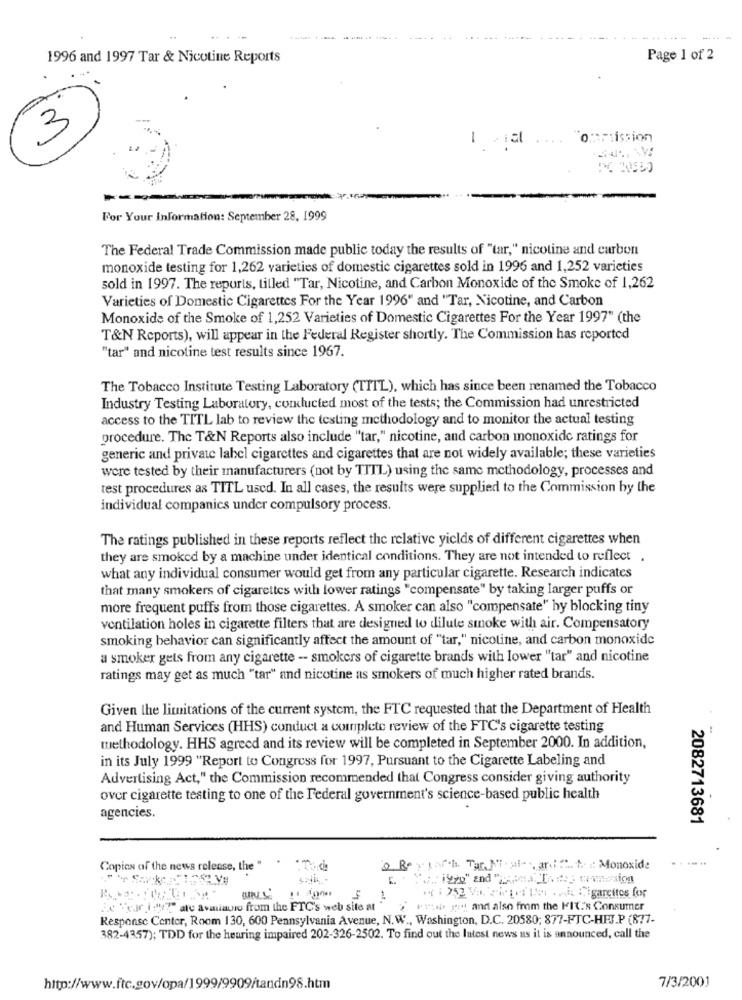
1996 and 1997 Tar & Nicotine Reports
Page 1 of 2
3
I vial .... "onmission
---
For Your Information: September 28, 1999
The Federal Trade Commission made public today the results of "tar," nicotine and carbon
monoxide testing for 1,262 varieties of domestic cigarettes sold in 1996 and 1,252 varieties
sold in 1997. The reports, tilled "Tar, Nicotine, and Carbon Monoxide of the Smoke of 1,262
Varieties of Domestic Cigarettes For the Year 1996" and "Tar, Nicotine, and Carbon
Monoxide of the Smoke of 1,252 Varieties of Domestic Cigarettes For the Year 1997" (the
T&N Reports), will appear in the Federal Register shortly. The Commission has reported
"tar" and nicotine test results since 1967.
The Tobacco Institute Testing Laboratory (TITL), which has since been renamed the Tobacco
Industry Testing Laboratory, conducted most of the tests; the Commission had unrestricted
access to the TITL lab to review the testing methodology and to monitor the actual testing
procedure. The T&N Reports also include "tar," nicotine, and carbon monoxide ratings for
generic and private label cigarettes and cigarettes that are not widely available; these varieties
were tested by their manufacturers (not by TITL) using the same methodology, processes and
test procedures as TITL used. In all cases, the results were supplied to the Commission by the
individual companics under compulsory process.
The ratings published in these reports reflect the relative yields of different cigarettes when
they are smoked by a machine under identical conditions. They are not intended to reflect .
what any individual consumer would get from any particular cigarette. Research indicates
that many smokers of cigarettes with lower ratings "compensate" by taking larger puffs or
more frequent puffs from those cigarettes. A smoker can also "compensate" by blocking tiny
ventilation holes in cigarette filters that are designed to dilute smoke with air. Compensatory
smoking behavior can significantly affect the amount of "tar," nicotine, and carbon monoxide
a smoker gets from any cigarette - smokers of cigarette brands with lower "tar" and nicotine
ratings may get as much "tar" and nicotine as smokers of much higher rated brands.
Given the limitations of the current system, the FTC requested that the Department of Health
and Human Services (HHS) conduct a complete review of the FTC's cigarette testing
methodology. HHS agreed and its review will be completed in September 2000. In addition,
in its July 1999 "Report to Congress for 1997, Pursuant to the Cigarette Labeling and
Advertising Act," the Commission recommended that Congress consider giving authority
over cigarette testing to one of the Federal government's science-based public health
agencies.
2082713681
Copies of the news release, the "
o Rey par.h. Tar. N. sil- . andif. .. .: Monoxide
F( : 252 Va. cinger Ito . . i Sigarcitos for
Ec Year idy? are avainvio from the FTC's web site at
2 Piit geu and also from the MIX"'s Consumer
Response Center, Room 130, 600 Pennsylvania Avenue, N.W ., Washington, D.C. 20580; 877-FTC-HEJ.P (877-
382-4357); TDD for the hearing impaired 202-326-2502. To find out the latest news as it is announced, call the
7/3/2001
http://www.ftc.gov/opa/1999/9909/tandn98.htm